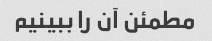
مطمئن آن را ببینیم